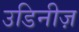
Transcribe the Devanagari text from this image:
उडिनीज़